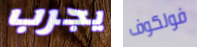
يجرب فولكوف